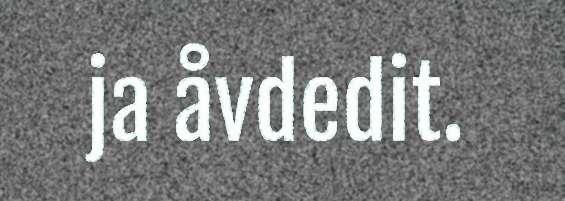
ja åvdedit.